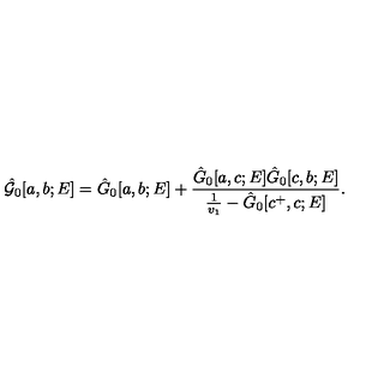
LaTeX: \hat { { \cal G } } _ { 0 } [ a , b ; E ] = \hat { G } _ { 0 } [ a , b ; E ] + \frac { \hat { G } _ { 0 } [ a , c ; E ] \hat { G } _ { 0 } [ c , b ; E ] } { \frac { 1 } { v _ { 1 } } - \hat { G } _ { 0 } [ c ^ { + } , c ; E ] } .